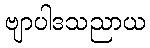
ဗျာပါဒသညာယ